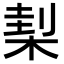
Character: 𣓇